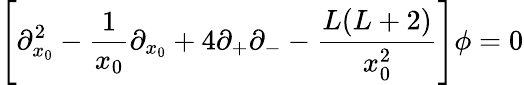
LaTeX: \left[\partial_{x_{0}}^{2}-\frac{1}{x_{0}}\partial_{x_{0}}+4\partial_{+}\partial_{-}-\frac{L(L+2)}{x_{0}^{2}}\right]\phi=0